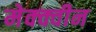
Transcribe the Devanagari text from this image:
मेक्क्वीन